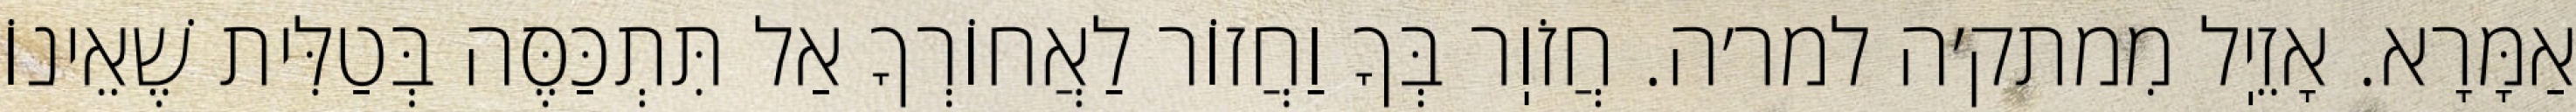
אַמָּרָא. אָזֵיֽל מִמתק׳ה למר׳ה. חֲזֹוֽר בְּךָ וַחֲזוֹר לַאֲחוֹרְךָ אַל תִּתְכַּסֶּה בְּטַלִּית שֶׁאֵינוֹ